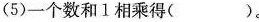
(5)一个数和1相乘得()。